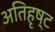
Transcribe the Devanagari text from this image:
अतिहृष्ट